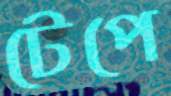
টেপে